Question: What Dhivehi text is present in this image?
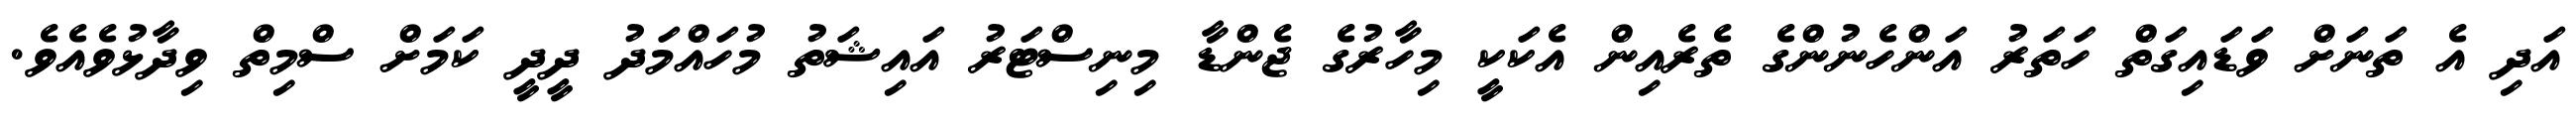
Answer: އަދި އެ ތަނަށް ވަޑައިގަތް ހަތަރު އަންހެނުންގެ ތެރެއިން އެކަކީ މިހާރުގެ ޖެންޑާ މިނިސްޓަރު އައިޝަތު މުހައްމަދު ދީދީ ކަމަށް ސްމިތް ވިދާޅުވެއެވެ.